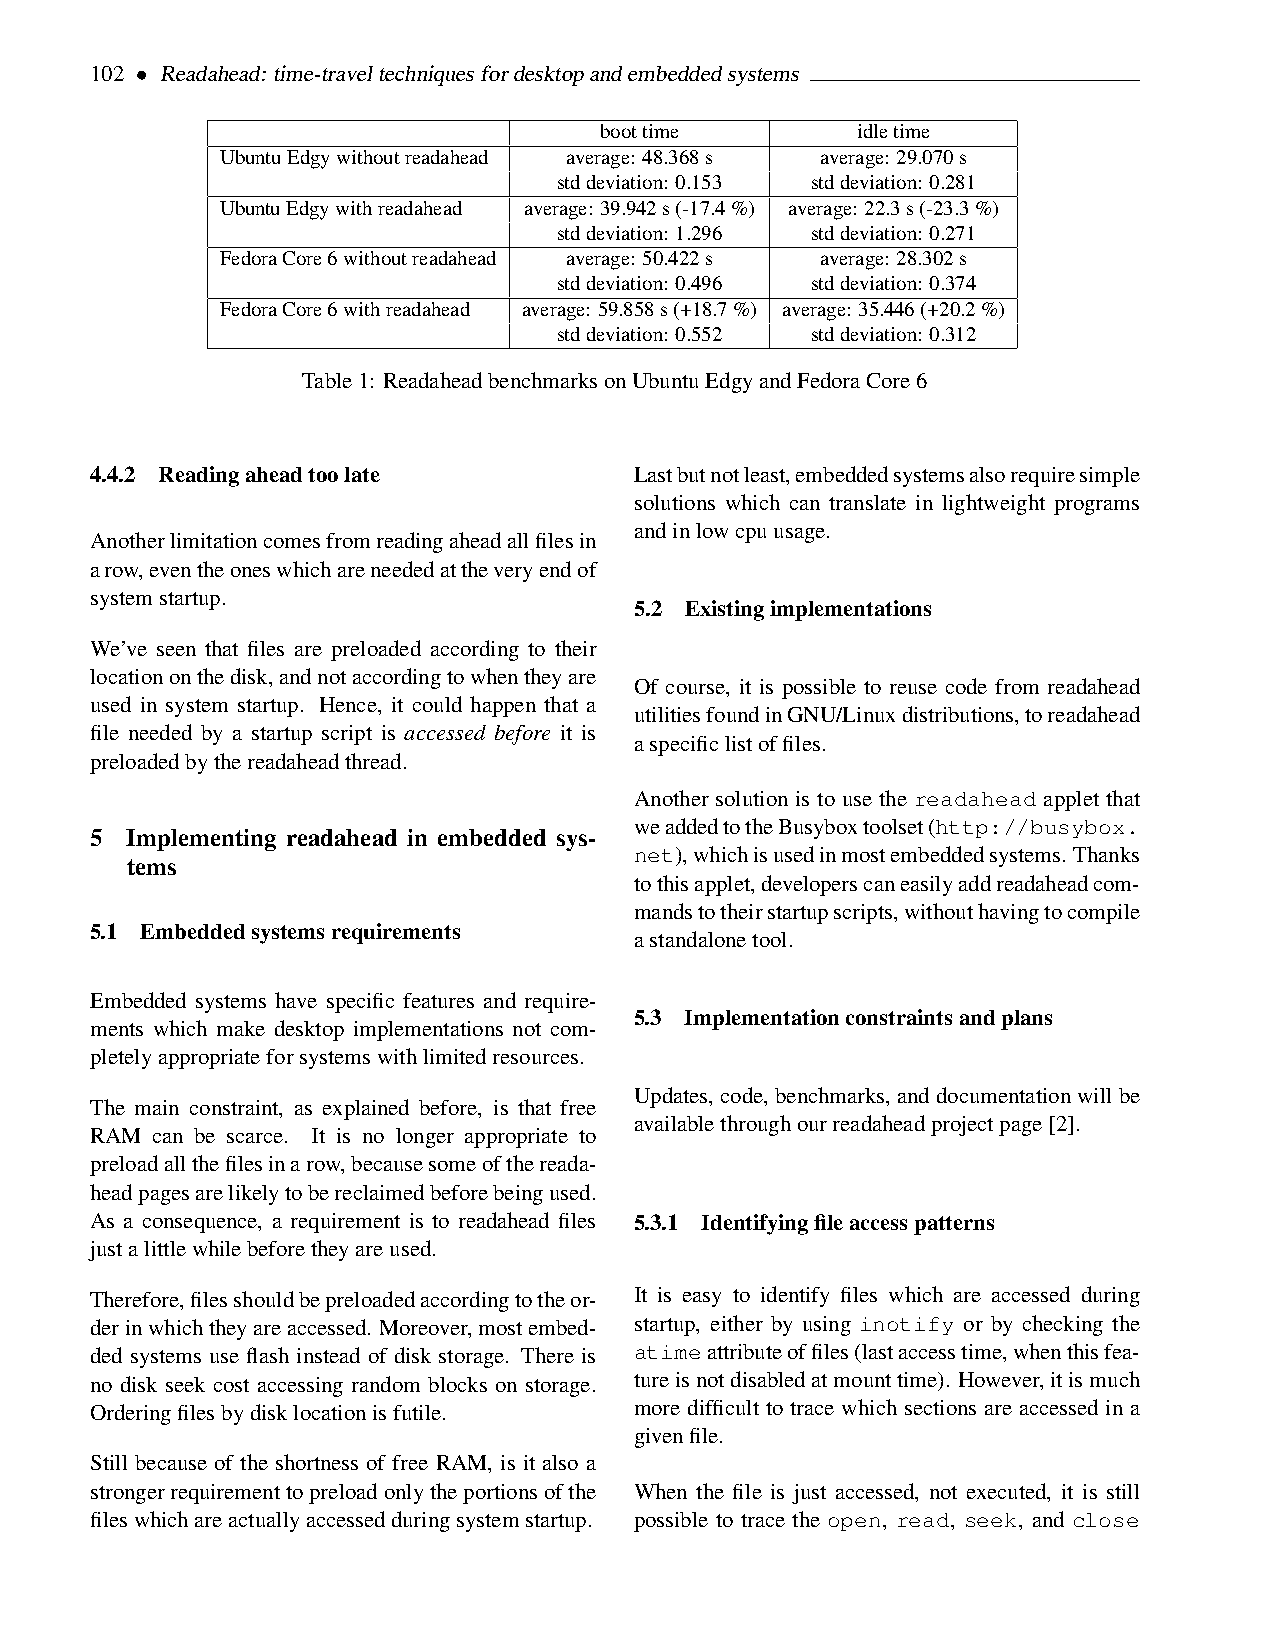
102 • Readahead: time-traveltechniquesfordesktopandembeddedsystems
 boottime         idletime
 UbuntuEdgywithoutreadahead average: 48.368s average: 29.070s
 stddeviation: 0.153 stddeviation: 0.281
 UbuntuEdgywithreadahead average: 39.942s(-17.4%) average: 22.3s(-23.3%)
 stddeviation: 1.296 stddeviation: 0.271
 FedoraCore6withoutreadahead average: 50.422s average: 28.302s
 stddeviation: 0.496 stddeviation: 0.374
 FedoraCore6withreadahead average: 59.858s(+18.7%) average: 35.446(+20.2%)
 stddeviation: 0.552 stddeviation: 0.312
 Table1: ReadaheadbenchmarksonUbuntuEdgyandFedoraCore6
 4.4.2 Readingaheadtoolate           Lastbutnotleast,embeddedsystemsalsorequiresimple
 solutions which can translate in lightweight programs
 andinlowcpuusage.
 Anotherlimitationcomesfromreadingaheadallfilesin
 arow,eventheoneswhichareneededattheveryendof
 systemstartup.
 5.2 Existingimplementations
 We’ve seen that files are preloaded according to their
 locationonthedisk,andnotaccordingtowhentheyare
 Of course, it is possible to reuse code from readahead
 used in system startup. Hence, it could happen that a
 utilitiesfoundinGNU/Linuxdistributions,toreadahead
 file needed by a startup script is accessed before it is
 aspecificlistoffiles.
 preloadedbythereadaheadthread.
 Another solution is to use the readahead applet that
 weaddedtotheBusyboxtoolset(http://busybox.
 5 Implementing readahead in embedded sys-
 net),whichisusedinmostembeddedsystems. Thanks
 tems
 tothisapplet,developerscaneasilyaddreadaheadcom-
 mandstotheirstartupscripts,withouthavingtocompile
 5.1 Embeddedsystemsrequirements
 astandalonetool.
 Embedded systems have specific features and require-
 5.3 Implementationconstraintsandplans
 ments which make desktop implementations not com-
 pletelyappropriateforsystemswithlimitedresources.
 Updates, code, benchmarks, anddocumentationwillbe
 The main constraint, as explained before, is that free
 availablethroughourreadaheadprojectpage[2].
 RAM can be scarce. It is no longer appropriate to
 preloadallthefilesinarow,becausesomeofthereada-
 headpagesarelikelytobereclaimedbeforebeingused.
 As a consequence, a requirement is to readahead files 5.3.1 Identifyingfileaccesspatterns
 justalittlewhilebeforetheyareused.
 Therefore,filesshouldbepreloadedaccordingtotheor- It is easy to identify files which are accessed during
 derinwhichtheyareaccessed. Moreover,mostembed- startup, either by using inotify or by checking the
 ded systems use flash instead of disk storage. There is atimeattributeoffiles(lastaccesstime,whenthisfea-
 no disk seek cost accessing random blocks on storage. tureisnotdisabledatmounttime). However,itismuch
 Orderingfilesbydisklocationisfutile. more difficult to trace which sections are accessed in a
 givenfile.
 Still because of the shortness of free RAM, is it also a
 strongerrequirementtopreloadonlytheportionsofthe When the file is just accessed, not executed, it is still
 fileswhichareactuallyaccessedduringsystemstartup. possible to trace the open, read, seek, and close